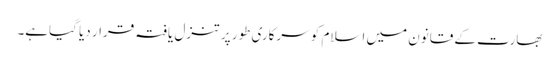
بھارت کے قانون میں اسلام کو سرکاری طور پر تنزل یافتہ قرار دیا گیاہے۔